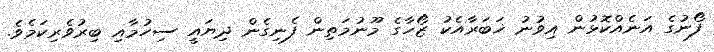
ފޯނުގެ އަނެއްކޮޅުން އިވުނު ޚަބަރާއެކު ޒޯހާގެ މޫނުމަތިން ފެނިގެން ދިޔައީ ސިހުމާއި ބިރުވެރިކަމެވެ.